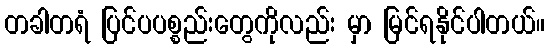
တခါတရံ ပြင်ပပစ္စည်းတွေကိုလည်း မှာ မြင်ရနိုင်ပါတယ်။